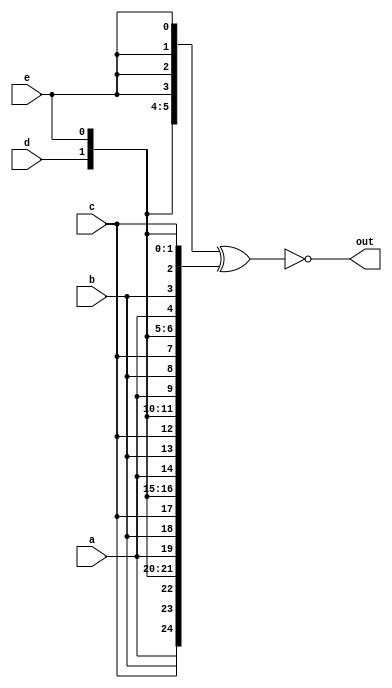
module compare(input a,b,c,d,e,
               output [24:0] out);
wire [24:0] comp1 , comp2;
assign comp1 = {5{a,b,c,d,e}};
assign comp2 = {{5{a}}, {5{b}}, {5{c}}, {5{d}}, {5{e}}};
assign out = ~(comp2^comp1);
endmodule